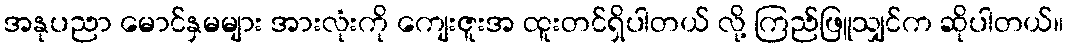
အနုပညာ မောင်နှမများ အားလုံးကို ကျေးဇူးအ ထူးတင်ရှိပါတယ် လို့ ကြည်ဖြူသျှင်က ဆိုပါတယ်။